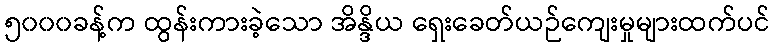
၅၀၀၀ခန့်က ထွန်းကားခဲ့သော အိန္ဒိယ ရှေးခေတ်ယဉ်ကျေးမှုများထက်ပင်